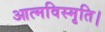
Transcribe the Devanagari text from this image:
आत्मविस्मृति।